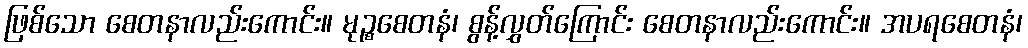
ဖြစ်သော စေတနာလည်းကောင်း။ မုဉ္စစေတနံ၊ စွန့်လွှတ်ကြောင်း စေတနာလည်းကောင်း။ အပရစေတနံ၊